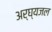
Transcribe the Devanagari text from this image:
अर्घ्यजल